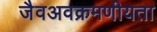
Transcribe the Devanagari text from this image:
जैवअवक्रमणीयता